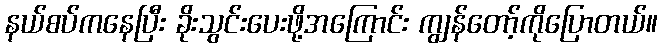
နယ်စပ်ကနေပြီး ခိုးသွင်းပေးဖို့အကြောင်း ကျွန်တော့်ကိုပြောတယ်။